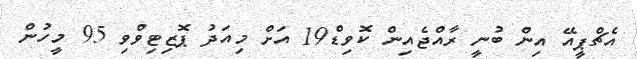
އެޗްޕީއޭ އިން ބުނީ ރާއްޖެއިން ކޮވިޑް19 އަށް މިއަދު ޕޮޒިޓިވްވި 95 މީހުން